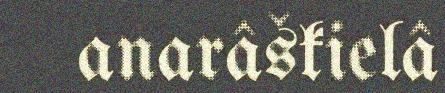
anarâškielâ